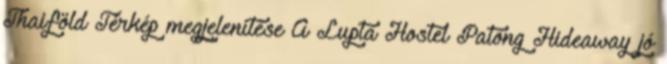
Thaiföld Térkép megjelenítése A Lupta Hostel Patong Hideaway jó